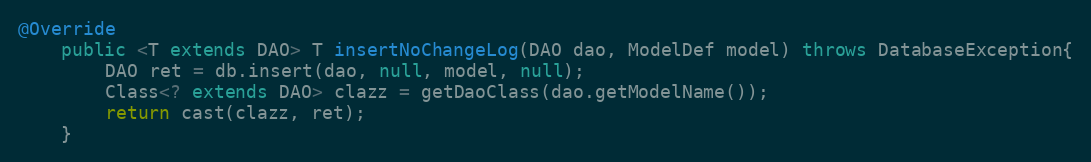
Language: Java
@Override
	public <T extends DAO> T insertNoChangeLog(DAO dao, ModelDef model) throws DatabaseException{
		DAO ret = db.insert(dao, null, model, null);
		Class<? extends DAO> clazz = getDaoClass(dao.getModelName());
		return cast(clazz, ret);
	}